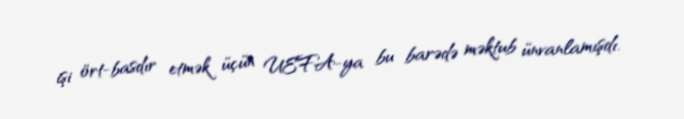
işi ört-basdır etmək üçün UEFA-ya bu barədə məktub ünvanlamışdı.